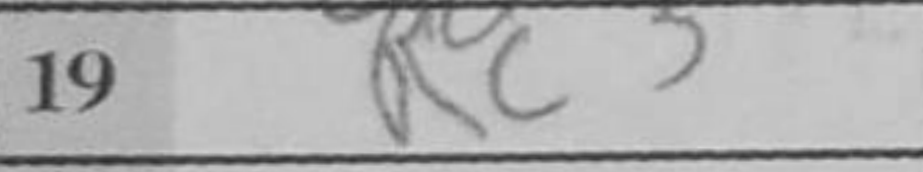
Transcription: Rc3